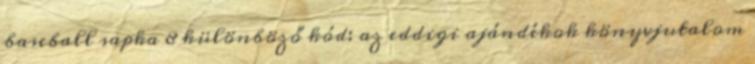
baseball sapka 8 különböző kód: az eddigi ajándékok könyvjutalom